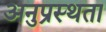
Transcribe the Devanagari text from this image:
अनुप्रस्थता